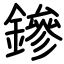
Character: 鏒